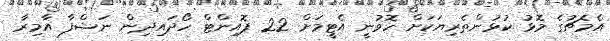
އެމެޗުގެ މޮޅު ކުޅުންތެރިޔަކަށް ހޮވުނީ އެޓީމަށް 22 ޕޮއިންޓް ހޯދައިދިން ނަޝްފާ އާމިރާ